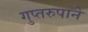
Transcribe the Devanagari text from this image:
गुप्तरुपाने